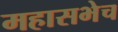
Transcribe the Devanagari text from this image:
महासभेच